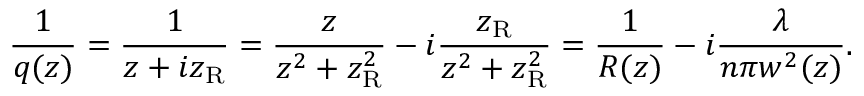
{ \frac { 1 } { q ( z ) } } = { \frac { 1 } { z + i z _ { \mathrm { R } } } } = { \frac { z } { z ^ { 2 } + z _ { \mathrm { R } } ^ { 2 } } } - i { \frac { z _ { \mathrm { R } } } { z ^ { 2 } + z _ { \mathrm { R } } ^ { 2 } } } = { \frac { 1 } { R ( z ) } } - i { \frac { \lambda } { n \pi w ^ { 2 } ( z ) } } .